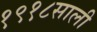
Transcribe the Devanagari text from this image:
१९१८साली